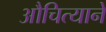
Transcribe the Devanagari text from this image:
औचित्याने